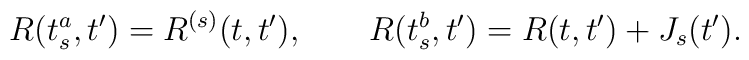
R(t_s^a,t')=R^{(s)}(t,t'),\qquad R(t_s^b,t')=R(t,t')+J_s(t') .